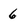
Character: 6